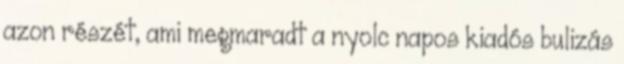
azon részét, ami megmaradt a nyolc napos kiadós bulizás